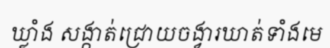
ឃ្លាំង សង្កាត់ជ្រោយចង្វារឃាត់ទាំងមេ